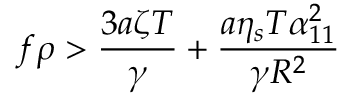
f \rho > \frac { 3 a \zeta T } { \gamma } + \frac { a \eta _ { s } T \alpha _ { 1 1 } ^ { 2 } } { \gamma R ^ { 2 } }